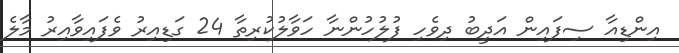
އިންޑިއާ ސިފައިން އަދީބު ދިވެހި ފުލުހުންނާ ހަވާލުކުރިތާ 24 ގަޑިއިރު ވެފައިވާއިރު މާލެ